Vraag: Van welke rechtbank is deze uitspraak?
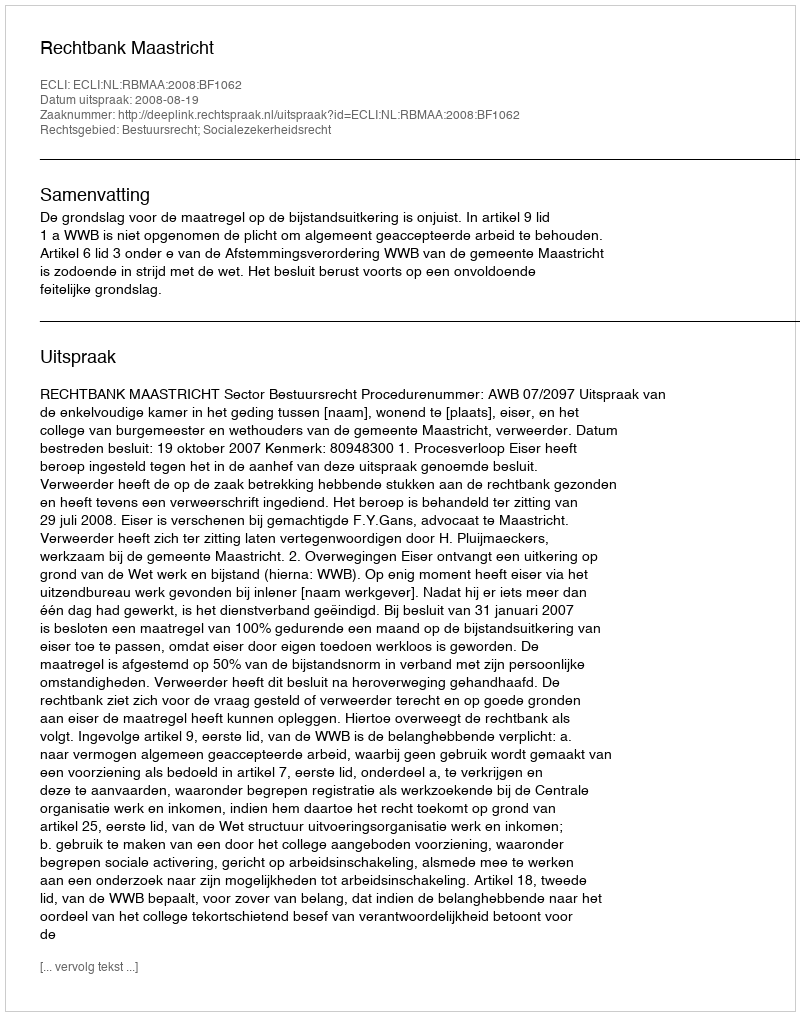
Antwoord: Rechtbank Maastricht